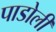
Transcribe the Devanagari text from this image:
पाडोली